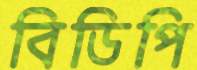
বিডিপি